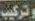
وتركيب